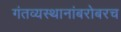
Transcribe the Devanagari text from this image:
गंतव्यस्थानांबरोबरच